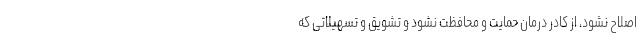
اصلاح نشود، از کادر درمان حمایت و محافظت نشود و تشویق و تسهیلاتی که